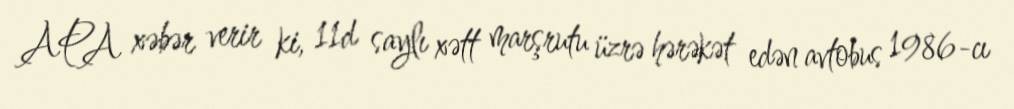
APA xəbər verir ki, 11d saylı xətt marşrutu üzrə hərəkət edən avtobus 1986-cı